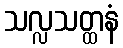
သလ္လသတ္ထနံ